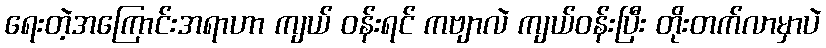
ရေးတဲ့အကြောင်းအရာဟာ ကျယ် ဝန်းရင် ကဗျာလဲ ကျယ်ဝန်းပြီး တိုးတက်လာမှာပဲ